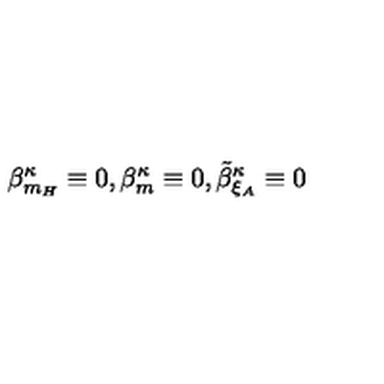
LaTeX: \beta _ { m _ { H } } ^ { \kappa } \equiv 0 , \beta _ { m } ^ { \kappa } \equiv 0 , \tilde { \beta } _ { \xi _ { A } } ^ { \kappa } \equiv 0